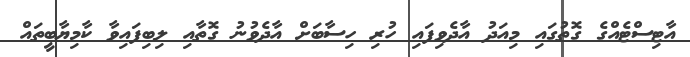
އާޓިސްޓެއްގެ ގޮތުގައި މިއަދު އާދެވިފައި ހުރި ހިސާބަށް އާދެވުނު ގޮތާއި ލިބިފައިވާ ކާމިޔާބީތައް